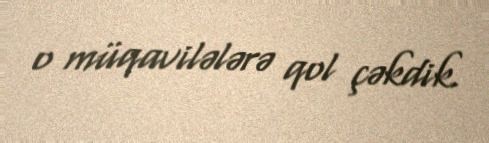
o müqavilələrə qol çəkdik.